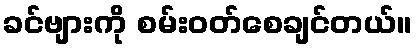
ခင်ဗျားကို စမ်းဝတ်စေချင်တယ်။